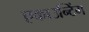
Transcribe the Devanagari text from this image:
एकाउन्टिंग